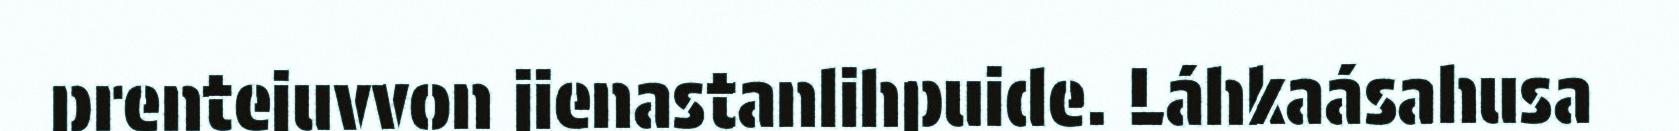
prentejuvvon jienastanlihpuide. Láhkaásahusa